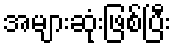
အများဆုံးဖြစ်ပြီး